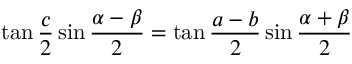
\tan { \frac { c } { 2 } } \sin { \frac { \alpha - \beta } { 2 } } = \tan { \frac { a - b } { 2 } } \sin { \frac { \alpha + \beta } { 2 } }